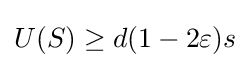
U(S)\geq d(1-2\varepsilon )s